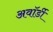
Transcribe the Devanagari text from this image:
अवॉर्डी